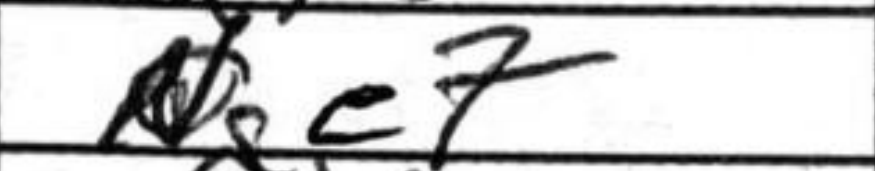
Transcription: Nge7